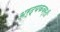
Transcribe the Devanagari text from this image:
अर्द्यकवर्ती